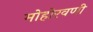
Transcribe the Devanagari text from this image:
मोहोरवणी